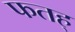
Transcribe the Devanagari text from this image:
फतह्